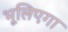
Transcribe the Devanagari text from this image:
भूलिएगा